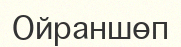
Ойраншөп